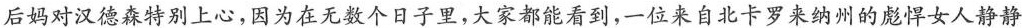
后妈对汉德森特别上心，因为在无数个日子里，大家都能看到，一位来自北卡罗来纳州的彪悍女人静静